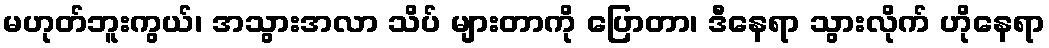
မဟုတ်ဘူးကွယ်၊ အသွားအလာ သိပ် များတာကို ပြောတာ၊ ဒီနေရာ သွားလိုက် ဟိုနေရာ